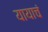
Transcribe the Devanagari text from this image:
यायाचं